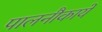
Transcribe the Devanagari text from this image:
पालनौकायें